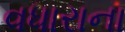
વધારાના